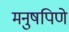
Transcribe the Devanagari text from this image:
मनुषपिणे